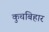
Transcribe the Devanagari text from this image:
कुचबिहार